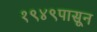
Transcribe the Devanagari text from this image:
१९४९पासून